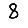
Digit: 8